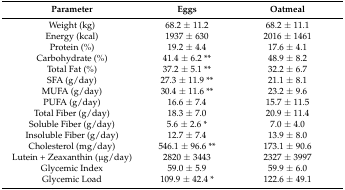
<table><thead><tr><td><b>Parameter</b></td><td><b>Eggs</b></td><td><b>Oatmeal</b></td></tr></thead><tbody><tr><td>Weight (kg)</td><td>68.2 ± 11.2</td><td>68.2 ± 11.1</td></tr><tr><td>Energy (kcal)</td><td>1937 ± 630</td><td>2016 ± 1461</td></tr><tr><td>Protein (%)</td><td>19.2 ± 4.4</td><td>17.6 ± 4.1</td></tr><tr><td>Carbohydrate (%)</td><td>41.4 ± 6.2 **</td><td>48.9 ± 8.2</td></tr><tr><td>Total Fat (%)</td><td>37.2 ± 5.1 **</td><td>32.2 ± 6.7</td></tr><tr><td>SFA (g/day)</td><td>27.3 ± 11.9 **</td><td>21.1 ± 8.1</td></tr><tr><td>MUFA (g/day)</td><td>30.4 ± 11.6 **</td><td>23.2 ± 9.6</td></tr><tr><td>PUFA (g/day)</td><td>16.6 ± 7.4</td><td>15.7 ± 11.5</td></tr><tr><td>Total Fiber (g/day)</td><td>18.3 ± 7.0</td><td>20.9 ± 11.4</td></tr><tr><td>Soluble Fiber (g/day)</td><td>5.6 ± 2.6 *</td><td>7.0 ± 4.0</td></tr><tr><td>Insoluble Fiber (g/day)</td><td>12.7 ± 7.4</td><td>13.9 ± 8.0</td></tr><tr><td>Cholesterol (mg/day)</td><td>546.1 ± 96.6 **</td><td>173.1 ± 90.6</td></tr><tr><td>Lutein + Zeaxanthin (μg/day)</td><td>2820 ± 3443</td><td>2327 ± 3997</td></tr><tr><td>Glycemic Index</td><td>59.0 ± 5.9</td><td>59.9 ± 6.0</td></tr><tr><td>Glycemic Load</td><td>109.9 ± 42.4 *</td><td>122.6 ± 49.1</td></tr></tbody></table>